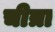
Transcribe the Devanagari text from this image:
चीत्रा